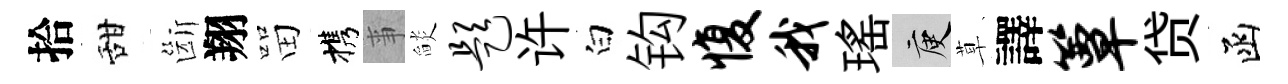
拾甜斷翔㽞携亊𦦨题许白钩愎我瑤庾草譯簟贷函